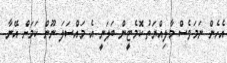
އެހެން ނަމަވެސް މާލިއްޔަތު ކޮމެޓީން ބަލަނީ އެ މައްސަލަ ނޫން ކަމަށް އޭނާ